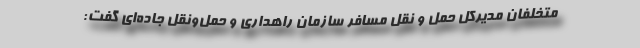
متخلفان مدیرکل حمل و نقل مسافر سازمان راهداری و حمل‌ونقل جاده‌ای گفت: